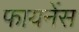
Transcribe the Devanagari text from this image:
फायनेंस